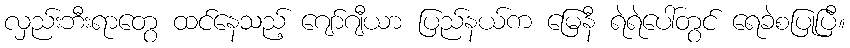
လှည်းဘီးရာတွေ ထင်နေသည့် ဂျော်ဂျီယာ ပြည်နယ်က မြေနီ ရဲရဲပေါ်တွင် ရေခဲစပြုပြီ။